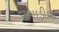
વગાડીશ